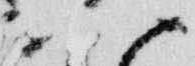
八